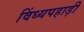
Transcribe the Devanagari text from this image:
विंध्यपहाड़ी